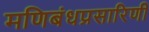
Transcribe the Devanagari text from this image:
मणिबंधप्रसारिणी